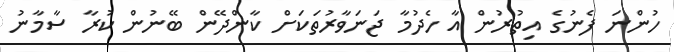
ހުންނަ ފެނުގެ އިތުރުން އާ ހެދުމާ ޖަނަވާރުތަކަށް ކާންދޭން ބޭނުން ކުރާ ސާމާނު